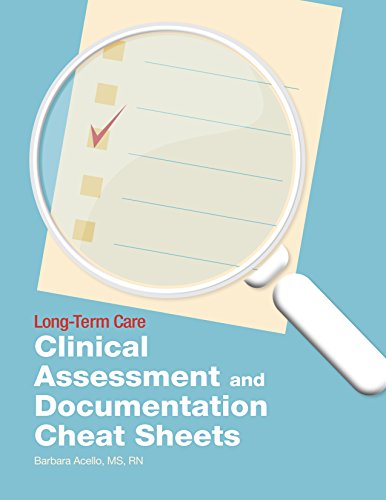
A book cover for Long-Term Care Clinical Assessment and Documentation Cheat Sheets; HCPro; Medical Books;